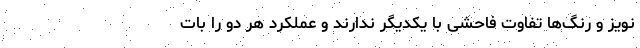
نویز و رنگ‌ها تفاوت فاحشی با یکدیگر ندارند و عملکرد هر دو را با‌ت